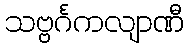
သဗ္ဗင်္ဂကလျာဏီ